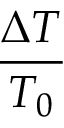
\frac { \Delta T } { T _ { 0 } }